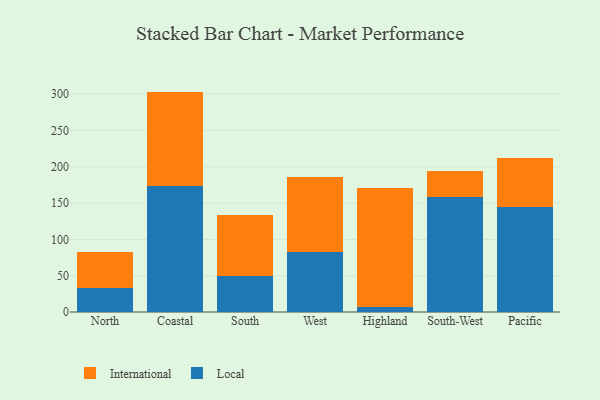
{"axis": {"x": "Region", "y": "Revenue (USD Million)"}, "legend": ["International", "Local"], "data": [{"x": "North", "y": 33.0, "type": "Local"}, {"x": "North", "y": 50.2, "type": "International"}, {"x": "Coastal", "y": 173.0, "type": "Local"}, {"x": "Coastal", "y": 130.5, "type": "International"}, {"x": "South", "y": 49.9, "type": "Local"}, {"x": "South", "y": 84.1, "type": "International"}, {"x": "West", "y": 82.0, "type": "Local"}, {"x": "West", "y": 104.0, "type": "International"}, {"x": "Highland", "y": 7.5, "type": "Local"}, {"x": "Highland", "y": 163.2, "type": "International"}, {"x": "South-West", "y": 158.7, "type": "Local"}, {"x": "South-West", "y": 35.7, "type": "International"}, {"x": "Pacific", "y": 144.3, "type": "Local"}, {"x": "Pacific", "y": 68.1, "type": "International"}]}